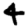
Digit: 4